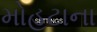
મોહટાના